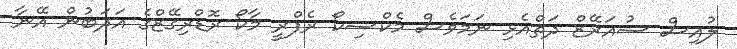
ލުއިސް ސުއަރޭޒް ދަތްއެޅި ނަމަވެސް މެކްސިކޯ ރެފްރީ މާކޯ ރޮޑްރިގޭޒްގެ އަދަބުން އޭނާ